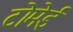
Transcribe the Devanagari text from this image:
टोमेई